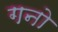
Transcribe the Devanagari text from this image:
गनो